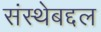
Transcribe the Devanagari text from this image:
संस्थेबद्दल